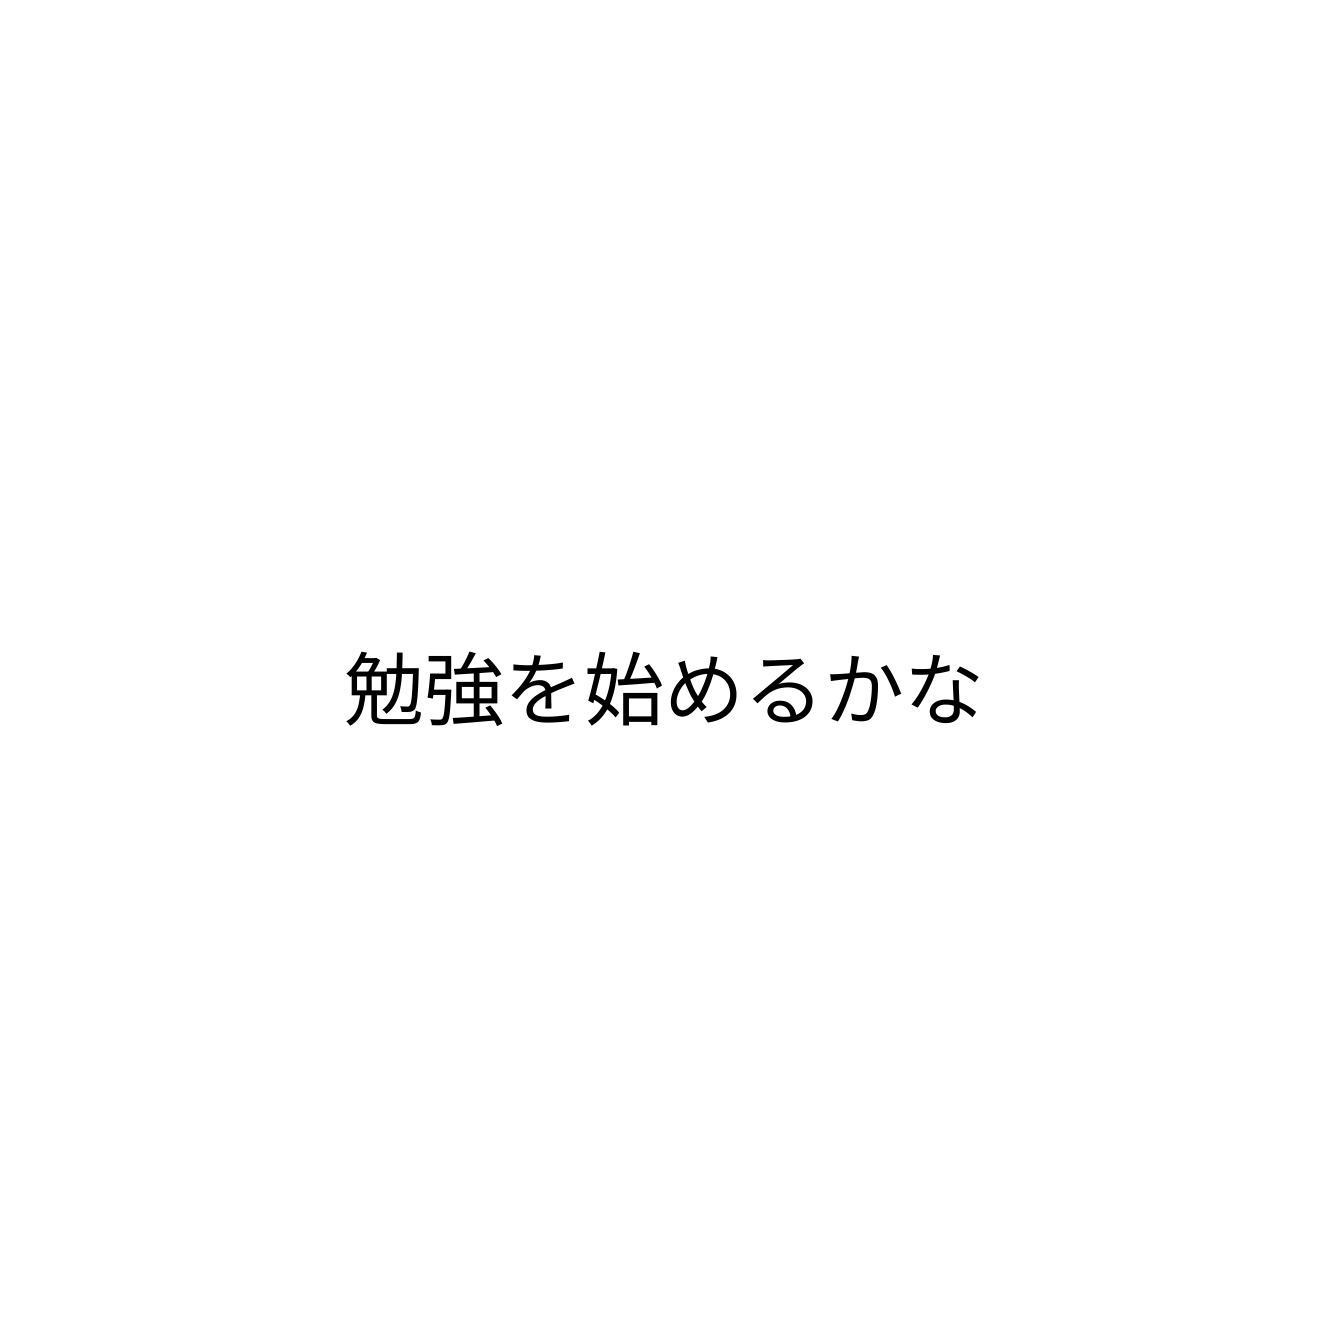
勉強を始めるかな